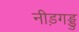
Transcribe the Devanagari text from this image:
नीड़गड्डु